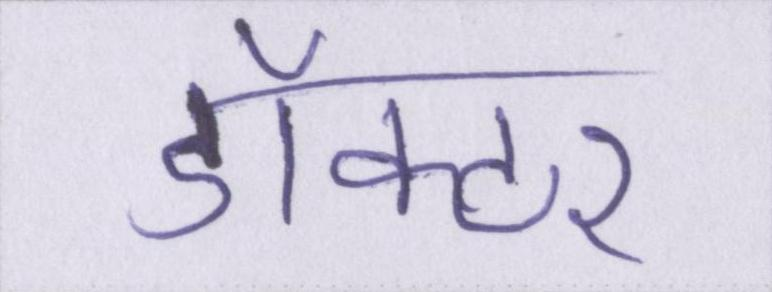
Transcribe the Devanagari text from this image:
डॉक्टर